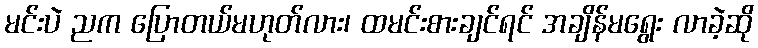
မင်းပဲ ညက ပြောတယ်မဟုတ်လား၊ ထမင်းစားချင်ရင် အချိန်မရွေး လာခဲ့ဆို